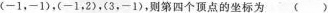
(-1，-1)，(-1，2)，(3，-1)，则第四个顶点的坐标为( )